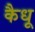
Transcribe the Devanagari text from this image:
कैधू